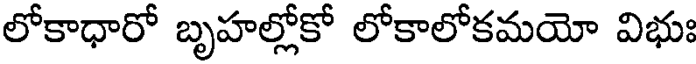
లోకాధారో బృహల్లోకో లోకాలోకమయో విభుః